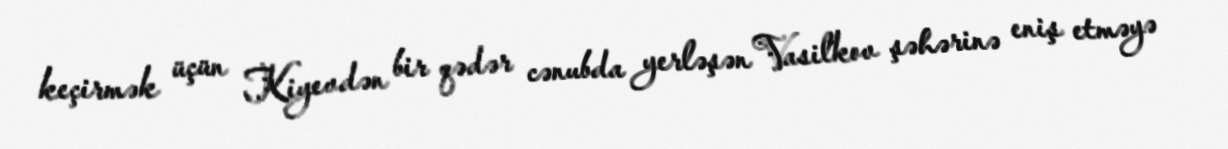
keçirmək üçün Kiyevdən bir qədər cənubda yerləşən Vasilkov şəhərinə eniş etməyə